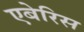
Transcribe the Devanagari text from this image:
एबेरिस